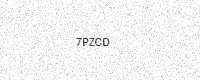
Text: 7PZCD